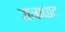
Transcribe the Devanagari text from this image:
रानाघाट